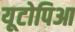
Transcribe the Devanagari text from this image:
यूटोपिआ